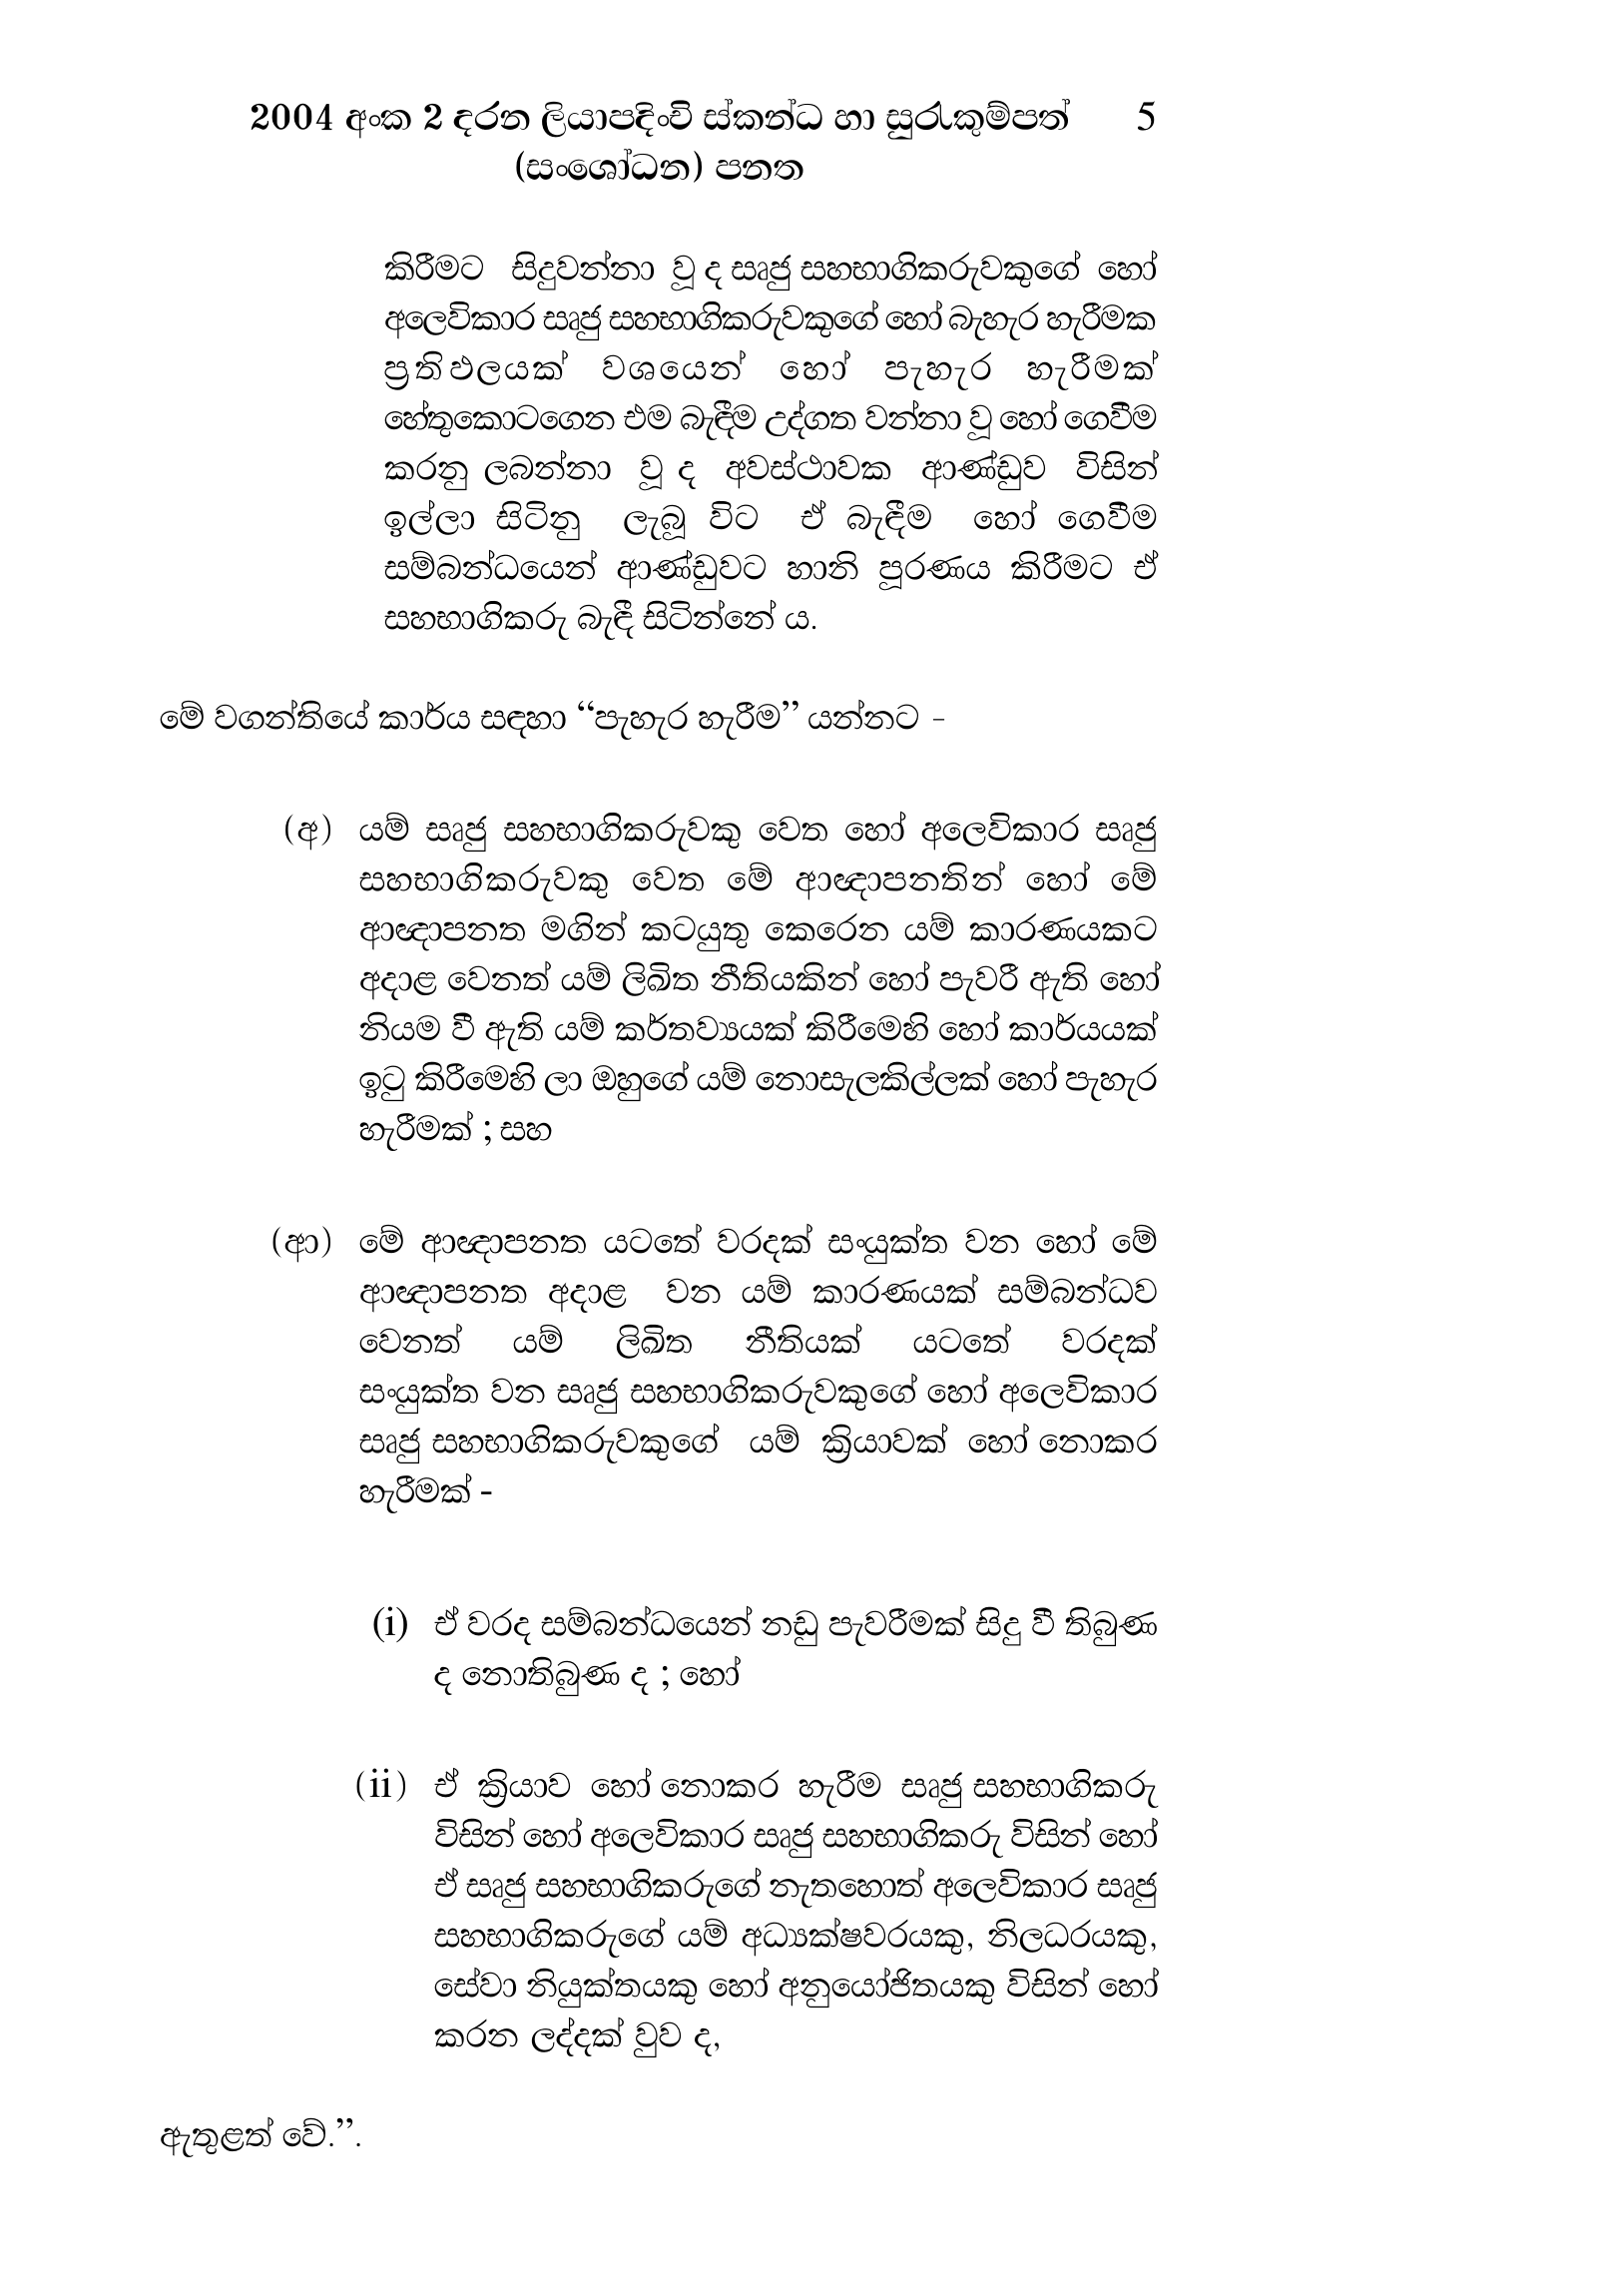
2004 අංක 2 දරන ලියාපදිංචි ස්කන්ධ හා සුරැකුම්පත් 5
(සංශෝධන) පනත

කිරීමට සිදුවන්නා වූ ද සෘජු සහභාගිකරුවකුගේ හෝ
අලෙවිකාර සෘජු සහභාගිකරුවකුගේ හෝ බැහැර හැරීමක
ප්‍රතිඵලයක් වශයෙන් හෝ පැහැර හැරීමක්
හේතුකොටගෙන එම බැඳීම උද්ගත වන්නා වූ හෝ ගෙවීම
කරනු ලබන්නා වූ ද අවස්ථාවක ආණ්ඩුව විසින්
ඉල්ලා සිටිනු ලැබූ විට ඒ බැඳීම හෝ ගෙවීම
සම්බන්ධයෙන් ආණ්ඩුවට හානි පූරණය කිරීමට ඒ
සහභාගිකරු බැඳී සිටින්නේ ය.

මේ වගන්තියේ කාර්ය සඳහා “පැහැර හැරීම” යන්නට

(අ) යම් සෘජු සහභාගිකරුවකු වෙත හෝ අලෙවිකාර සෘජු
සහභාගිකරුවකු වෙත මේ ආඥාපනතින් හෝ මේ
ආඥාපනත මගින් කටයුතු කෙරෙන යම් කාරණයකට
අදාළ වෙනත් යම් ලිඛිත නීතියකින් හෝ පැවරී ඇති හෝ
නියම වී ඇති යම් කර්තව්‍යයක් කිරීමෙහි හෝ කාර්යයක්
ඉටු කිරීමෙහි ලා ඔහුගේ යම් නොසැලකිල්ලක් හෝ පැහැර
හැරීමක් ; සහ

(ආ) මේ ආඥාපනත යටතේ වරදක් සංයුක්ත වන හෝ මේ
ආඥාපනත අදාළ වන යම් කාරණයක් සම්බන්ධව
වෙනත් යම් ලිඛිත නීතියක් යටතේ වරදක්
සංයුක්ත වන සෘජු සහභාගිකරුවකුගේ හෝ අලෙවිකාර
සෘජු සහභාගිකරුවකුගේ යම් ක්‍රියාවක් හෝ නොකර
හැරීමක් -

(i) ඒ වරද සම්බන්ධයෙන් නඩු පැවරීමක් සිදු වී තිබුණ
ද නොතිබුණ ද ; හෝ

(ii) ඒ ක්‍රියාව හෝ නොකර හැරීම සෘජු සහභාගිකරු
විසින් හෝ අලෙවිකාර සෘජු සහභාගිකරු විසින් හෝ
ඒ සෘජු සහභාගිකරුගේ නැතහොත් අලෙවිකාර සෘජු
සහභාගිකරුගේ යම් අධ්‍යක්ෂවරයකු, නිලධරයකු,
සේවා නියුක්තයකු හෝ අනුයෝජිතයකු විසින් හෝ
කරන ලද්දක් වුව ද,

ඇතුළත් වේ.”.